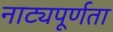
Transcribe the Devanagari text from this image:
नाट्यपूर्णता